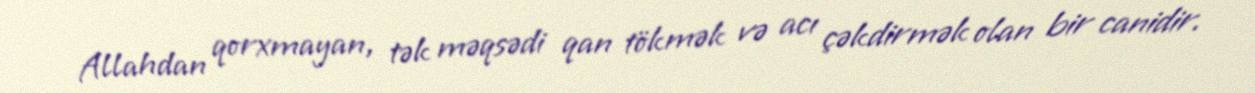
Allahdan qorxmayan, tək məqsədi qan tökmək və acı çəkdirmək olan bir canidir.